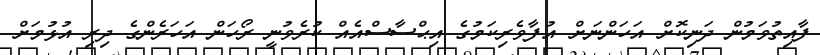
ފާއިތުވަމުން ދަނިކޮށް އަހަންނަށް އުފާވެރިކަމުގެ އިޙްސާސްއެއް ކުރެވުނީ ރޯހަން އަހަރެންގެ ދިރި އުޅުމަށް